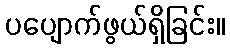
ပပျောက်ဖွယ်ရှိခြင်း။